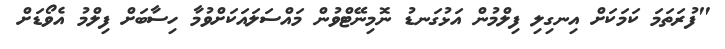
"ފުރަތަމަ ކަމަކަށް އިނގިލި ފިލްމުން އަޅުގަނޑު ނޮމިނޭޓްވުން މައްސަލައަކަށްވުމާ ހިސާބަށް ފިލްމު އެވޯޑަށް